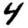
Digit: 4